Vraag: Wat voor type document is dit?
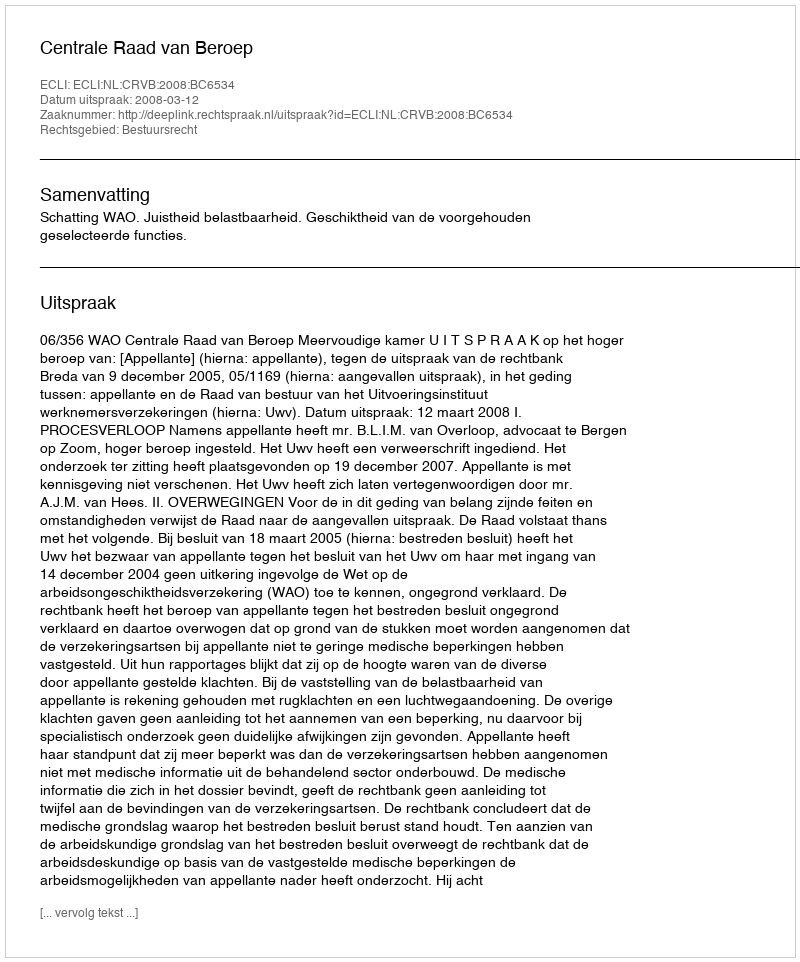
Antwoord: Uitspraak